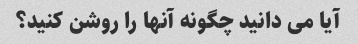
آیا می دانید چگونه آنها را روشن کنید؟